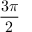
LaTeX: \frac { 3 \pi } { 2 }